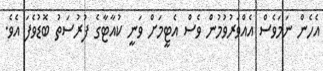
އެހެން ނަމަވެސް އެއްވަރުވުމުން ވެސް އެޓީމަށް ވަނީ ކުއާޓާގެ ފުރުސަތު ބޮޑުވެފަ އެވެ.